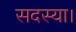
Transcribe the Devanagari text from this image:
सदस्या।